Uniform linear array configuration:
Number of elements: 16
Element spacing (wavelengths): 0.25
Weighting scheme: blackman
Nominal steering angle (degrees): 60
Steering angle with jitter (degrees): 60.704
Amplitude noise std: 0.05
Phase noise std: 0.05

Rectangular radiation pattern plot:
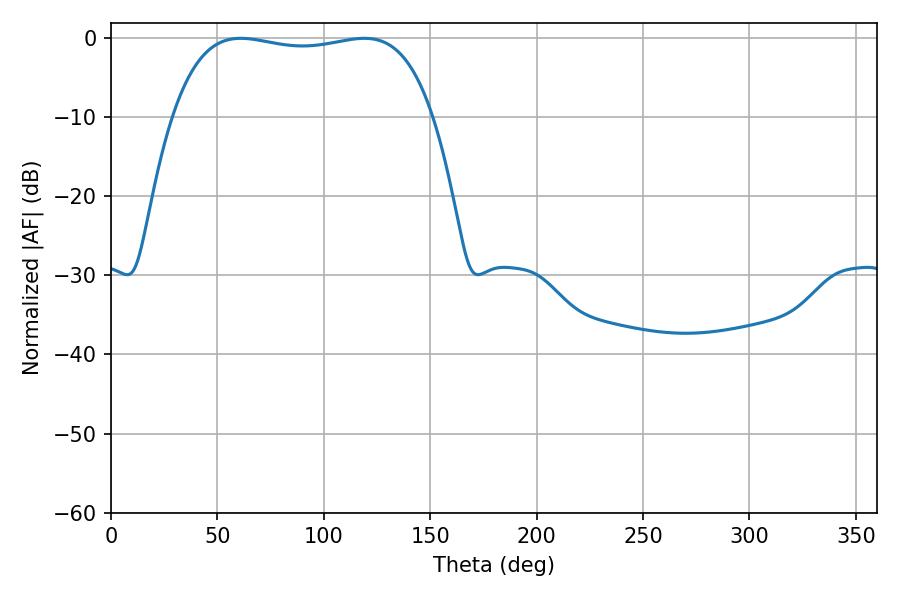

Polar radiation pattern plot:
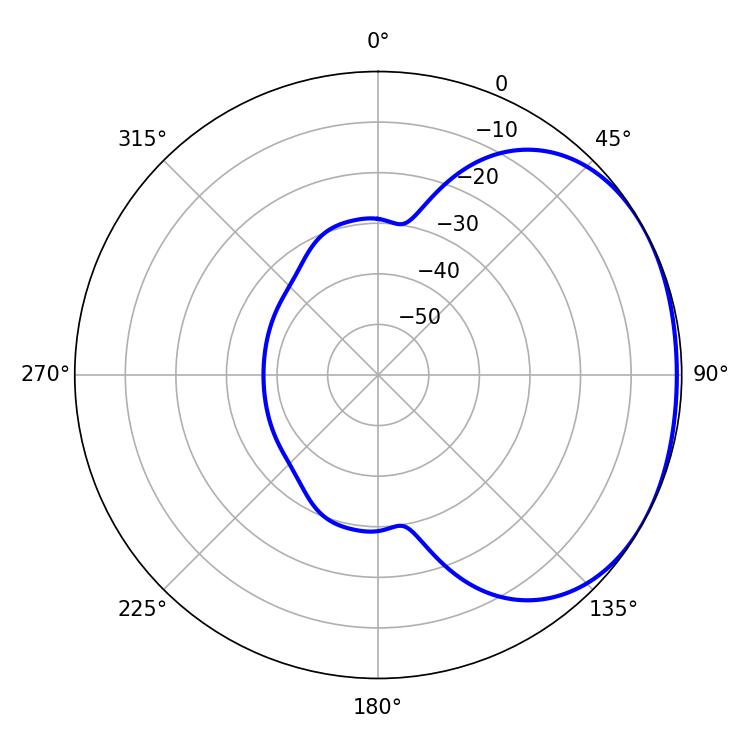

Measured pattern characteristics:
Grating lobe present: FALSE
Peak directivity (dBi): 1.568
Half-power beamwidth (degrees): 98.28
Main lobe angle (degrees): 61.02